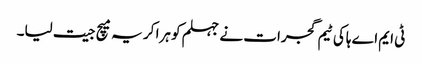
ٹی ایم اے ہاکی ٹیم گجرات نے جہلم کو ہرا کر یہ میچ جیت لیا۔